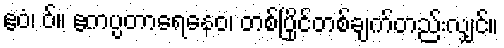
ဧဝံ၊ ဝ်။ ဧကပ္ပတာရေနေဝ၊ တစ်ပြိုင်တစ်ချက်တည်းလျှင်။